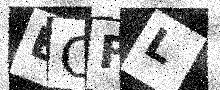
Text: BCFL